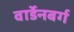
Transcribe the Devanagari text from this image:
वार्डेनबर्ग